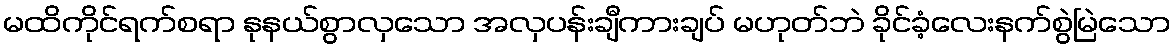
မထိကိုင်ရက်စရာ နုနယ်စွာလှသော အလှပန်းချီကားချပ် မဟုတ်ဘဲ ခိုင်ခံ့လေးနက်စွဲမြဲသော